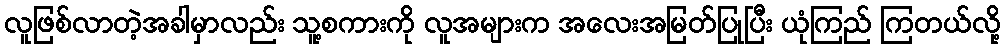
လူဖြစ်လာတဲ့အခါမှာလည်း သူ့စကားကို လူအများက အလေးအမြတ်ပြုပြီး ယုံကြည် ကြတယ်လို့